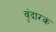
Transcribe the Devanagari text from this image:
वृंदारक